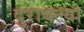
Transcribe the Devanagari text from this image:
दुरावल्या